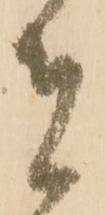
者